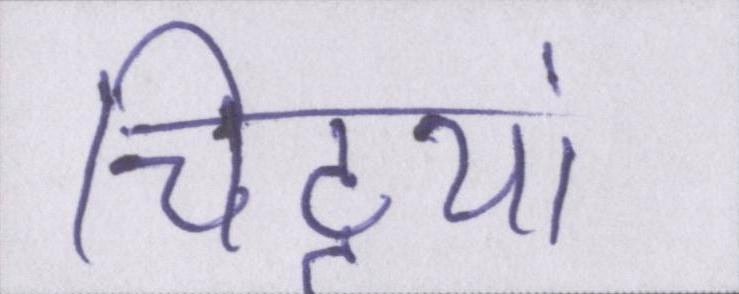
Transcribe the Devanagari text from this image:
चिट्ठयां